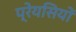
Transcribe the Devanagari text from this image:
प्रेयसियों